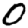
Digit: 0